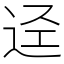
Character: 迳